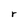
Character: r